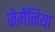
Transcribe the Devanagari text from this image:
जेर्मेनिया